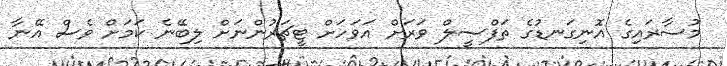
މުސާރައިގެ އޮނިގަނޑުގެ ތަފްސީލް ވަރަށް އަވަހަށް ޓީޗަރުންނަށް ލިބޭނެ ކަމަށް ވެސް އޭނާ